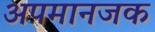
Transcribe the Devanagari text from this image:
अपमानजक